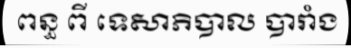
ពន្ធ ពី ទេសាភិបាល បារាំង